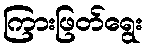
ကြားဖြတ်ရွေး